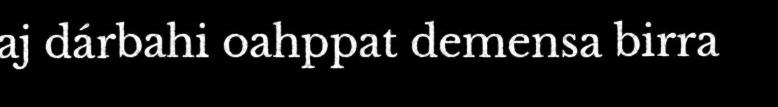
aj dárbahi oahppat demensa birra